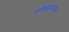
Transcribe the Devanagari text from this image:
प्रोक्युटिकलची